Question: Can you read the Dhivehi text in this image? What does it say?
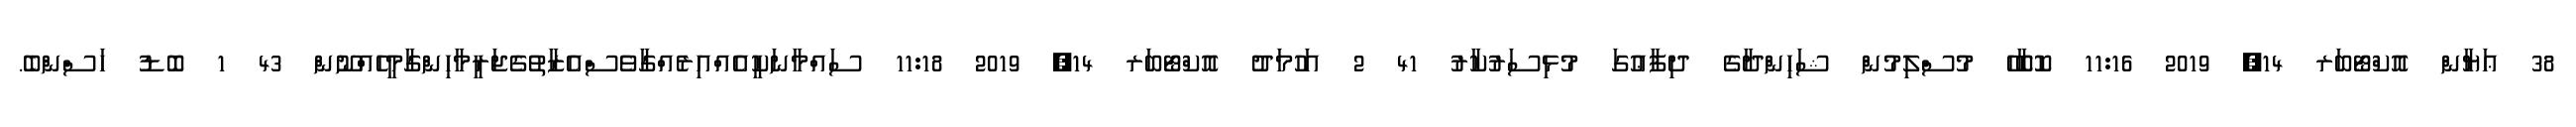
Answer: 38 ޢަޔާން އޮކްޓޯބަރ 14, 2019 11:16 ކޮބާހޭ މުސްލިމުން ޝަހިންދާގެ ދިފާޢުގަ މުޅިސަރުކާރު 41 2 އަހުމަދު އޮކްޓޯބަރ 14, 2019 11:18 ސައްމާނަކީއެއްއިރެއްގާވެސްއެޒާތުގެޖަރީމާހިންގާމީހެއްނޫން 43 1 ބޮޑު ހަސްންބެ.